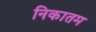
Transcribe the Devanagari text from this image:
निकातम